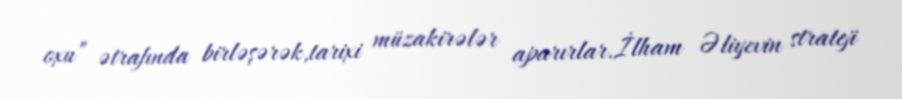
oxu” ətrafında birləşərək,tarixi müzakirələr aparırlar.İlham Əliyevin strateji